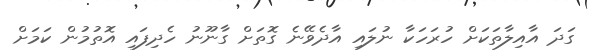
ގަދަ އާއިލާތަކަށް ހުރަހަކާ ނުލައި އާދެވޭނެ ގޮތަށް ގާނޫނު ހެދިފައި އޮތުމުން ކަމަށް